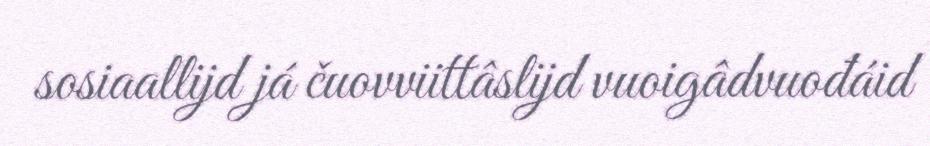
sosiaallijd já čuovviittâslijd vuoigâdvuođáid